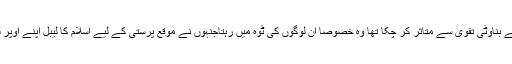
عبد اللہ بن سباحجاز، بصرہ، کوفہ، شام، مصر میں لوگوں کو اپنے بناوٹی تقویٰ سے متاثر کر چکا تھا وہ خصوصاً ان لوگوں کی ٹوہ میں رہتاجنہوں نے موقع پرستی کے لیے اسلام کا لیبل اپنے اوپر لگا لیا تھا لیکن دراصل وہ اس کی جڑیں کاٹنے کے درپے تھے۔